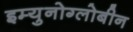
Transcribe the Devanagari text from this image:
इम्युनोग्लोबीन